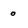
Character: 0